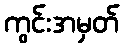
ကွင်းအမှတ်